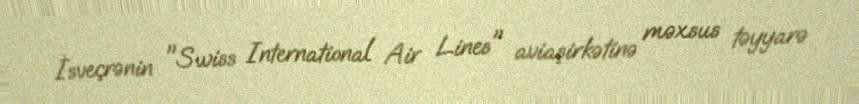
İsveçrənin "Swiss International Air Lines" aviaşirkətinə məxsus təyyarə